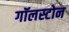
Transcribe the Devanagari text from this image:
गॉलस्टोन